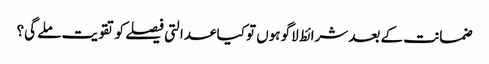
ضمانت کے بعد شرائط لاگو ہوں تو کیا عدالتی فیصلے کو تقویت ملے گی؟